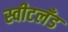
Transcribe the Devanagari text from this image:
स्वीटलँड